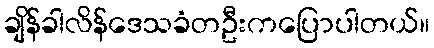
ချိန်ခါလိန်ဒေသခံတဦးကပြောပါတယ်။